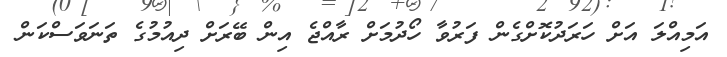
އަމިއްލަ އަށް ހަރަދުކޮށްގެން ފަރުވާ ހޯދުމަށް ރާއްޖެ އިން ބޭރަށް ދިއުމުގެ ތަނަވަސްކަން